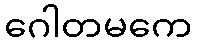
ဂေါတမကေ